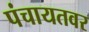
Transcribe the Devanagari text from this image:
पंचायतवर